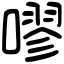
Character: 嘐